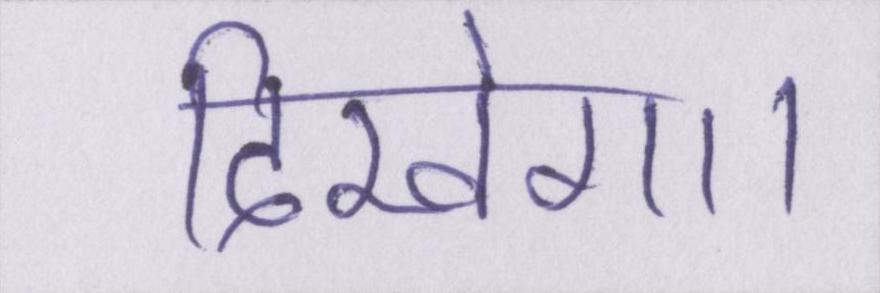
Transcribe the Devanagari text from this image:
दिखेगा।